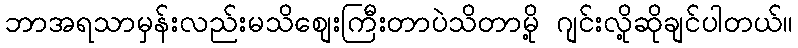
ဘာအရသာမှန်းလည်းမသိစျေးကြီးတာပဲသိတာမို့ ဂျင်းလို့ဆိုချင်ပါတယ်။